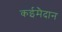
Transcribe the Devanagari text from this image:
कईमैदान